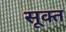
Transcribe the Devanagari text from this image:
सूक्‍त